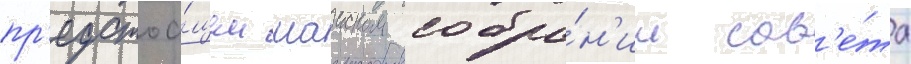
пр'едстоа́щем маиском собра́н'ии сов'е́та